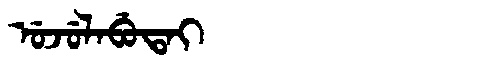
Manchu: ᡠᠵᡠᠯᠠᠪᡠᡨᠠᡳ
Romanization: UJULABUTAI